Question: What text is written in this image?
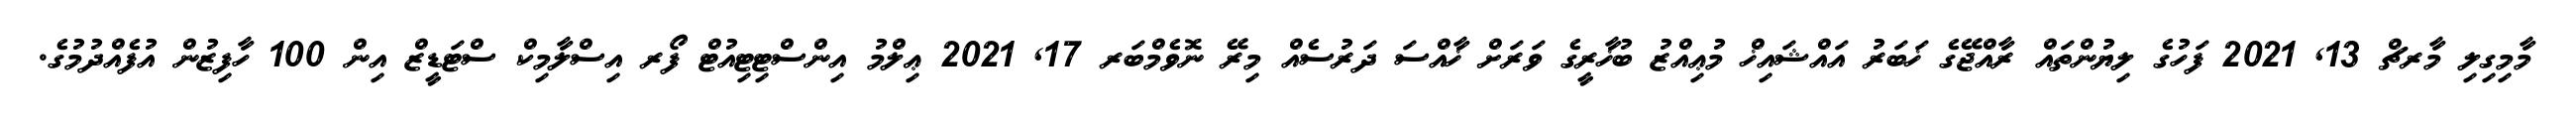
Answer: މާމިގިލި މާރޗް 13, 2021 ފަހުގެ ލިޔުންތައް ރާއްޖޭގެ ޚަބަރު އައްޝައިޚް މުޢިއްޒު ބުޚާރީގެ ވަރަށް ޚާއްސަ ދަރުސެއް މިރޭ ނޮވެމްބަރ 17, 2021 ޢިލްމު އިންސްޓިޓިއުޓް ފޯރ އިސްލާމިކް ސްޓަޑީޒް އިން 100 ހާފިޒުން އުފެއްދުމުގެ.